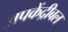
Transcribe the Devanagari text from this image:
अपकेंद्रीबल